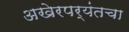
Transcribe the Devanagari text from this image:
अखेरपर्यंतचा